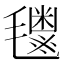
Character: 𬇈